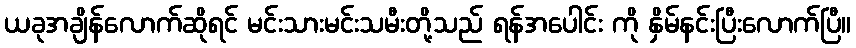
ယခုအချိန်လောက်ဆိုရင် မင်းသားမင်းသမီးတို့သည် ရန်အပေါင်း ကို နှိမ်နင်းပြီးလောက်ပြီ။